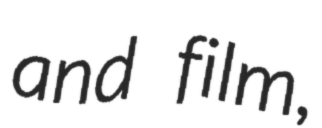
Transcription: and film,